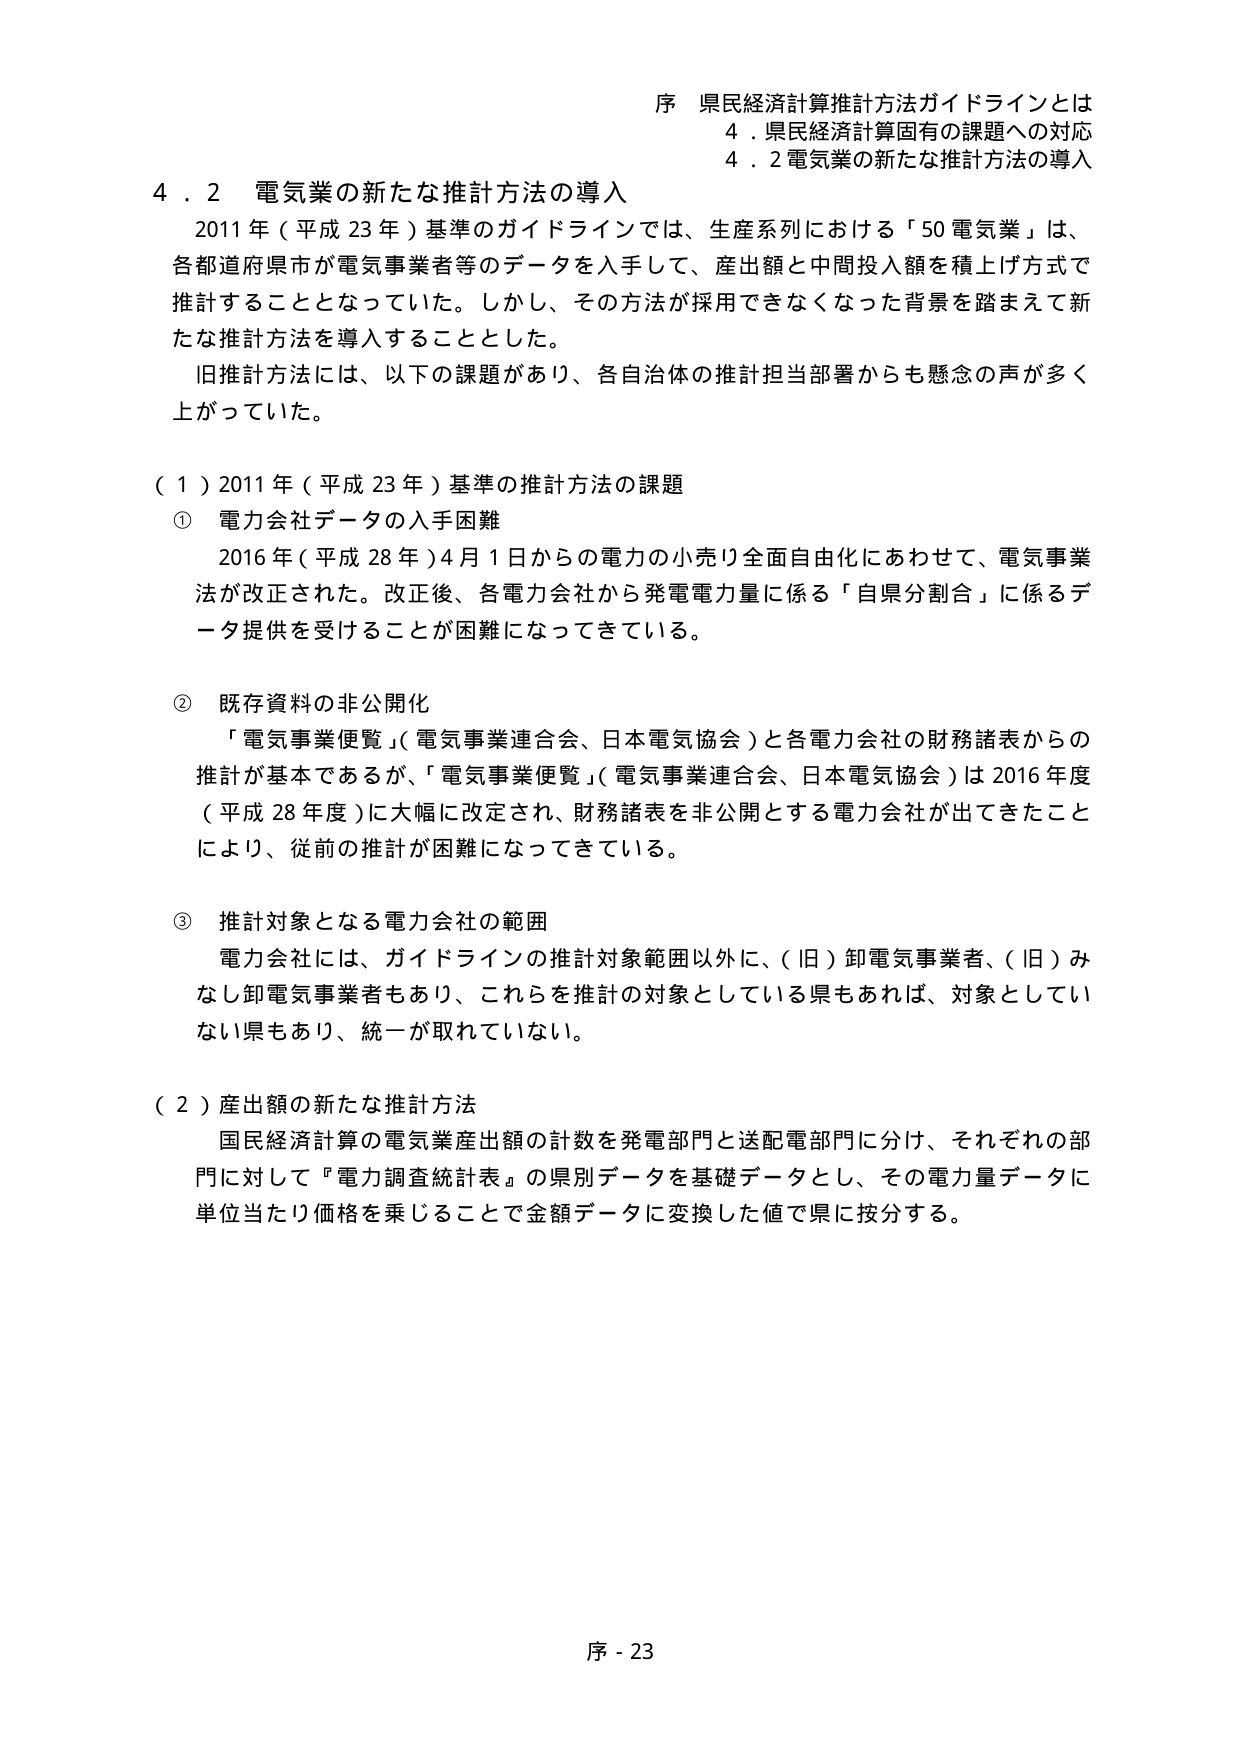
序 県民経済計算推計方法ガイドラインとは
4．県民経済計算固有の課題への対応
4．2 電気業の新たな推計方法の導入

4．2 電気業の新たな推計方法の導入
2011年（平成23年）基準のガイドラインでは、生産系列における「50電気業」は、
各都道府県市が電気事業者等のデータを入手して、産出額と中間投入額を積上げ方式で
推計することとなっていた。しかし、その方法が採用できなくなった背景を踏まえて新
たな推計方法を導入することとした。
旧推計方法には、以下の課題があり、各自治体の推計担当部署からも懸念の声が多く
上がっていた。

（1）2011年（平成23年）基準の推計方法の課題
① 電力会社データの入手困難
2016年（平成28年）4月1日からの電力の小売り全面自由化にあわせて、電気事業
法が改正された。改正後、各電力会社から発電電力量に係る「自県分割合」に係るデ
ータ提供を受けることが困難になってきている。

② 既存資料の非公開化
「電気事業便覧」（電気事業連合会、日本電気協会）と各電力会社の財務諸表からの
推計が基本であるが、「電気事業便覧」（電気事業連合会、日本電気協会）は2016年度
（平成28年度）に大幅に改定され、財務諸表を非公開とする電力会社が出てきたこと
により、従前の推計が困難になってきている。

③ 推計対象となる電力会社の範囲
電力会社には、ガイドラインの推計対象範囲以外に、（旧）卸電気事業者、（旧）み
なし卸電気事業者もあり、これらを推計の対象としている県もあれば、対象としてい
ない県もあり、統一が取れていない。

（2）産出額の新たな推計方法
国民経済計算の電気業産出額の計数を発電部門と送配電部門に分け、それぞれの部
門に対して『電力調査統計表』の県別データを基礎データとし、その電力量データに
単位当たり価格を乗じることで金額データに変換した値で県に按分する。

序 - 23